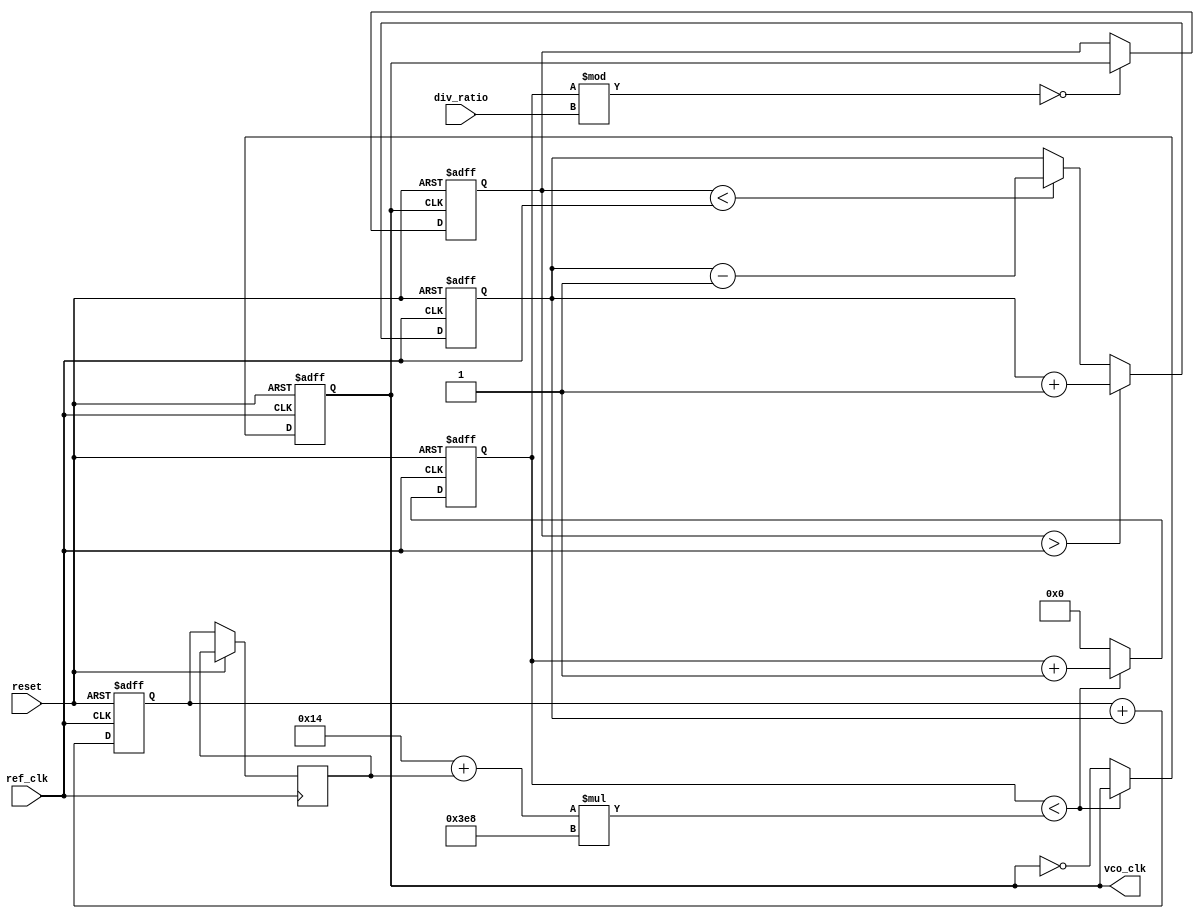
module PLL (
    input wire ref_clk,            // Reference clock input
    input wire reset,              // Reset signal
    input wire [3:0] div_ratio,    // Divider ratio for feedback clock
    output reg vco_clk             // Output clock from VCO
);

// Parameters for simulation
parameter VCO_MAX_FREQ = 100; // Max frequency for VCO (in MHz)
parameter VCO_MIN_FREQ = 20;   // Min frequency for VCO (in MHz)

// Internal Signals
reg feedback_clk;
reg [15:0] phase_error;         // Phase error signal
reg [15:0] VCO_ctrl;            // Control voltage for VCO
reg [15:0] loop_filter;         // Output of the loop filter
reg [31:0] counter;             // VCO frequency control counter

// Phase Detector
always @ (posedge ref_clk or posedge reset) begin
    if (reset) begin
        phase_error <= 0;
    end else begin
        if (feedback_clk > ref_clk) begin
            phase_error <= phase_error + 1; // Feedback clock is leading
        end else if (feedback_clk < ref_clk) begin
            phase_error <= phase_error - 1; // Feedback clock is lagging
        end
    end
end

// Loop Filter (Simple Integrator)
always @ (posedge ref_clk or posedge reset) begin
    if (reset) begin
        loop_filter <= 0;
    end else begin
        loop_filter <= loop_filter + phase_error; // Simple integration
        VCO_ctrl <= loop_filter; // Control voltage for VCO
    end
end

// Voltage-Controlled Oscillator (VCO)
always @ (posedge ref_clk or posedge reset) begin
    if (reset) begin
        counter <= 0;
        vco_clk <= 0;
    end else begin
        if (counter < (VCO_MIN_FREQ + VCO_ctrl) * 1000) begin // Scale control voltage
            counter <= counter + 1;
        end else begin
            counter <= 0;
            vco_clk <= ~vco_clk; // Toggle VCO clock output
        end
    end
end

// Feedback Divider
always @ (posedge vco_clk or posedge reset) begin
    if (reset) begin
        feedback_clk <= 0;
    end else if (counter % div_ratio == 0) begin
        feedback_clk <= vco_clk; // Generate feedback clock based on divider ratio
    end
end

endmodule